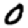
Digit: 0